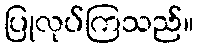
ပြုလုပ်ကြသည်။